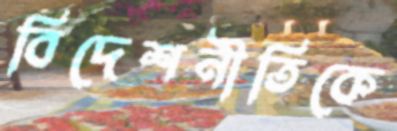
বিদেশনীতিকে